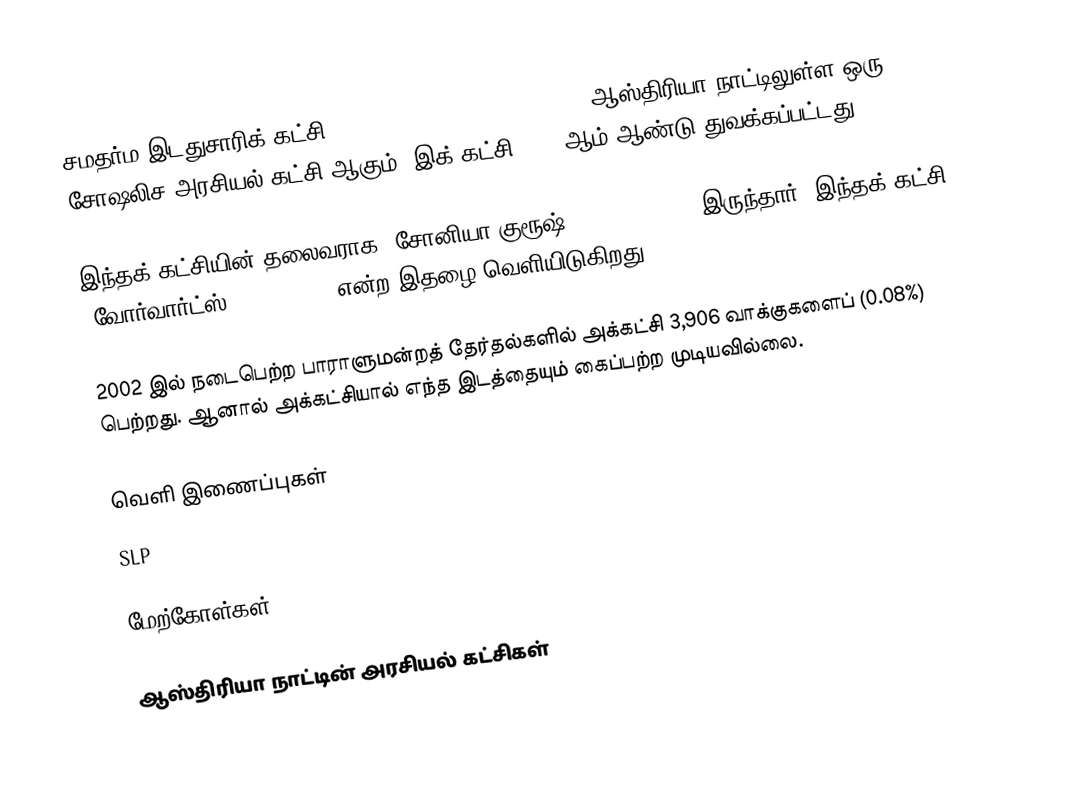
சமதர்ம இடதுசாரிக் கட்சி (Sozialistische Links Partei) ஆஸ்திரியா நாட்டிலுள்ள ஒரு சோஷலிச அரசியல் கட்சி ஆகும். இக் கட்சி 2000 ஆம் ஆண்டு துவக்கப்பட்டது.

இந்தக் கட்சியின் தலைவராக "சோனியா குரூஷ்" (Sonja Grush) இருந்தார். இந்தக் கட்சி "வோர்வார்ட்ஸ்" (Vorwärts) என்ற இதழை வெளியிடுகிறது.

2002 இல் நடைபெற்ற பாராளுமன்றத் தேர்தல்களில் அக்கட்சி 3,906 வாக்குகளைப் (0.08%) பெற்றது. ஆனால் அக்கட்சியால் எந்த இடத்தையும் கைப்பற்ற முடியவில்லை.

வெளி இணைப்புகள்
SLP

மேற்கோள்கள்

ஆஸ்திரியா நாட்டின் அரசியல் கட்சிகள்